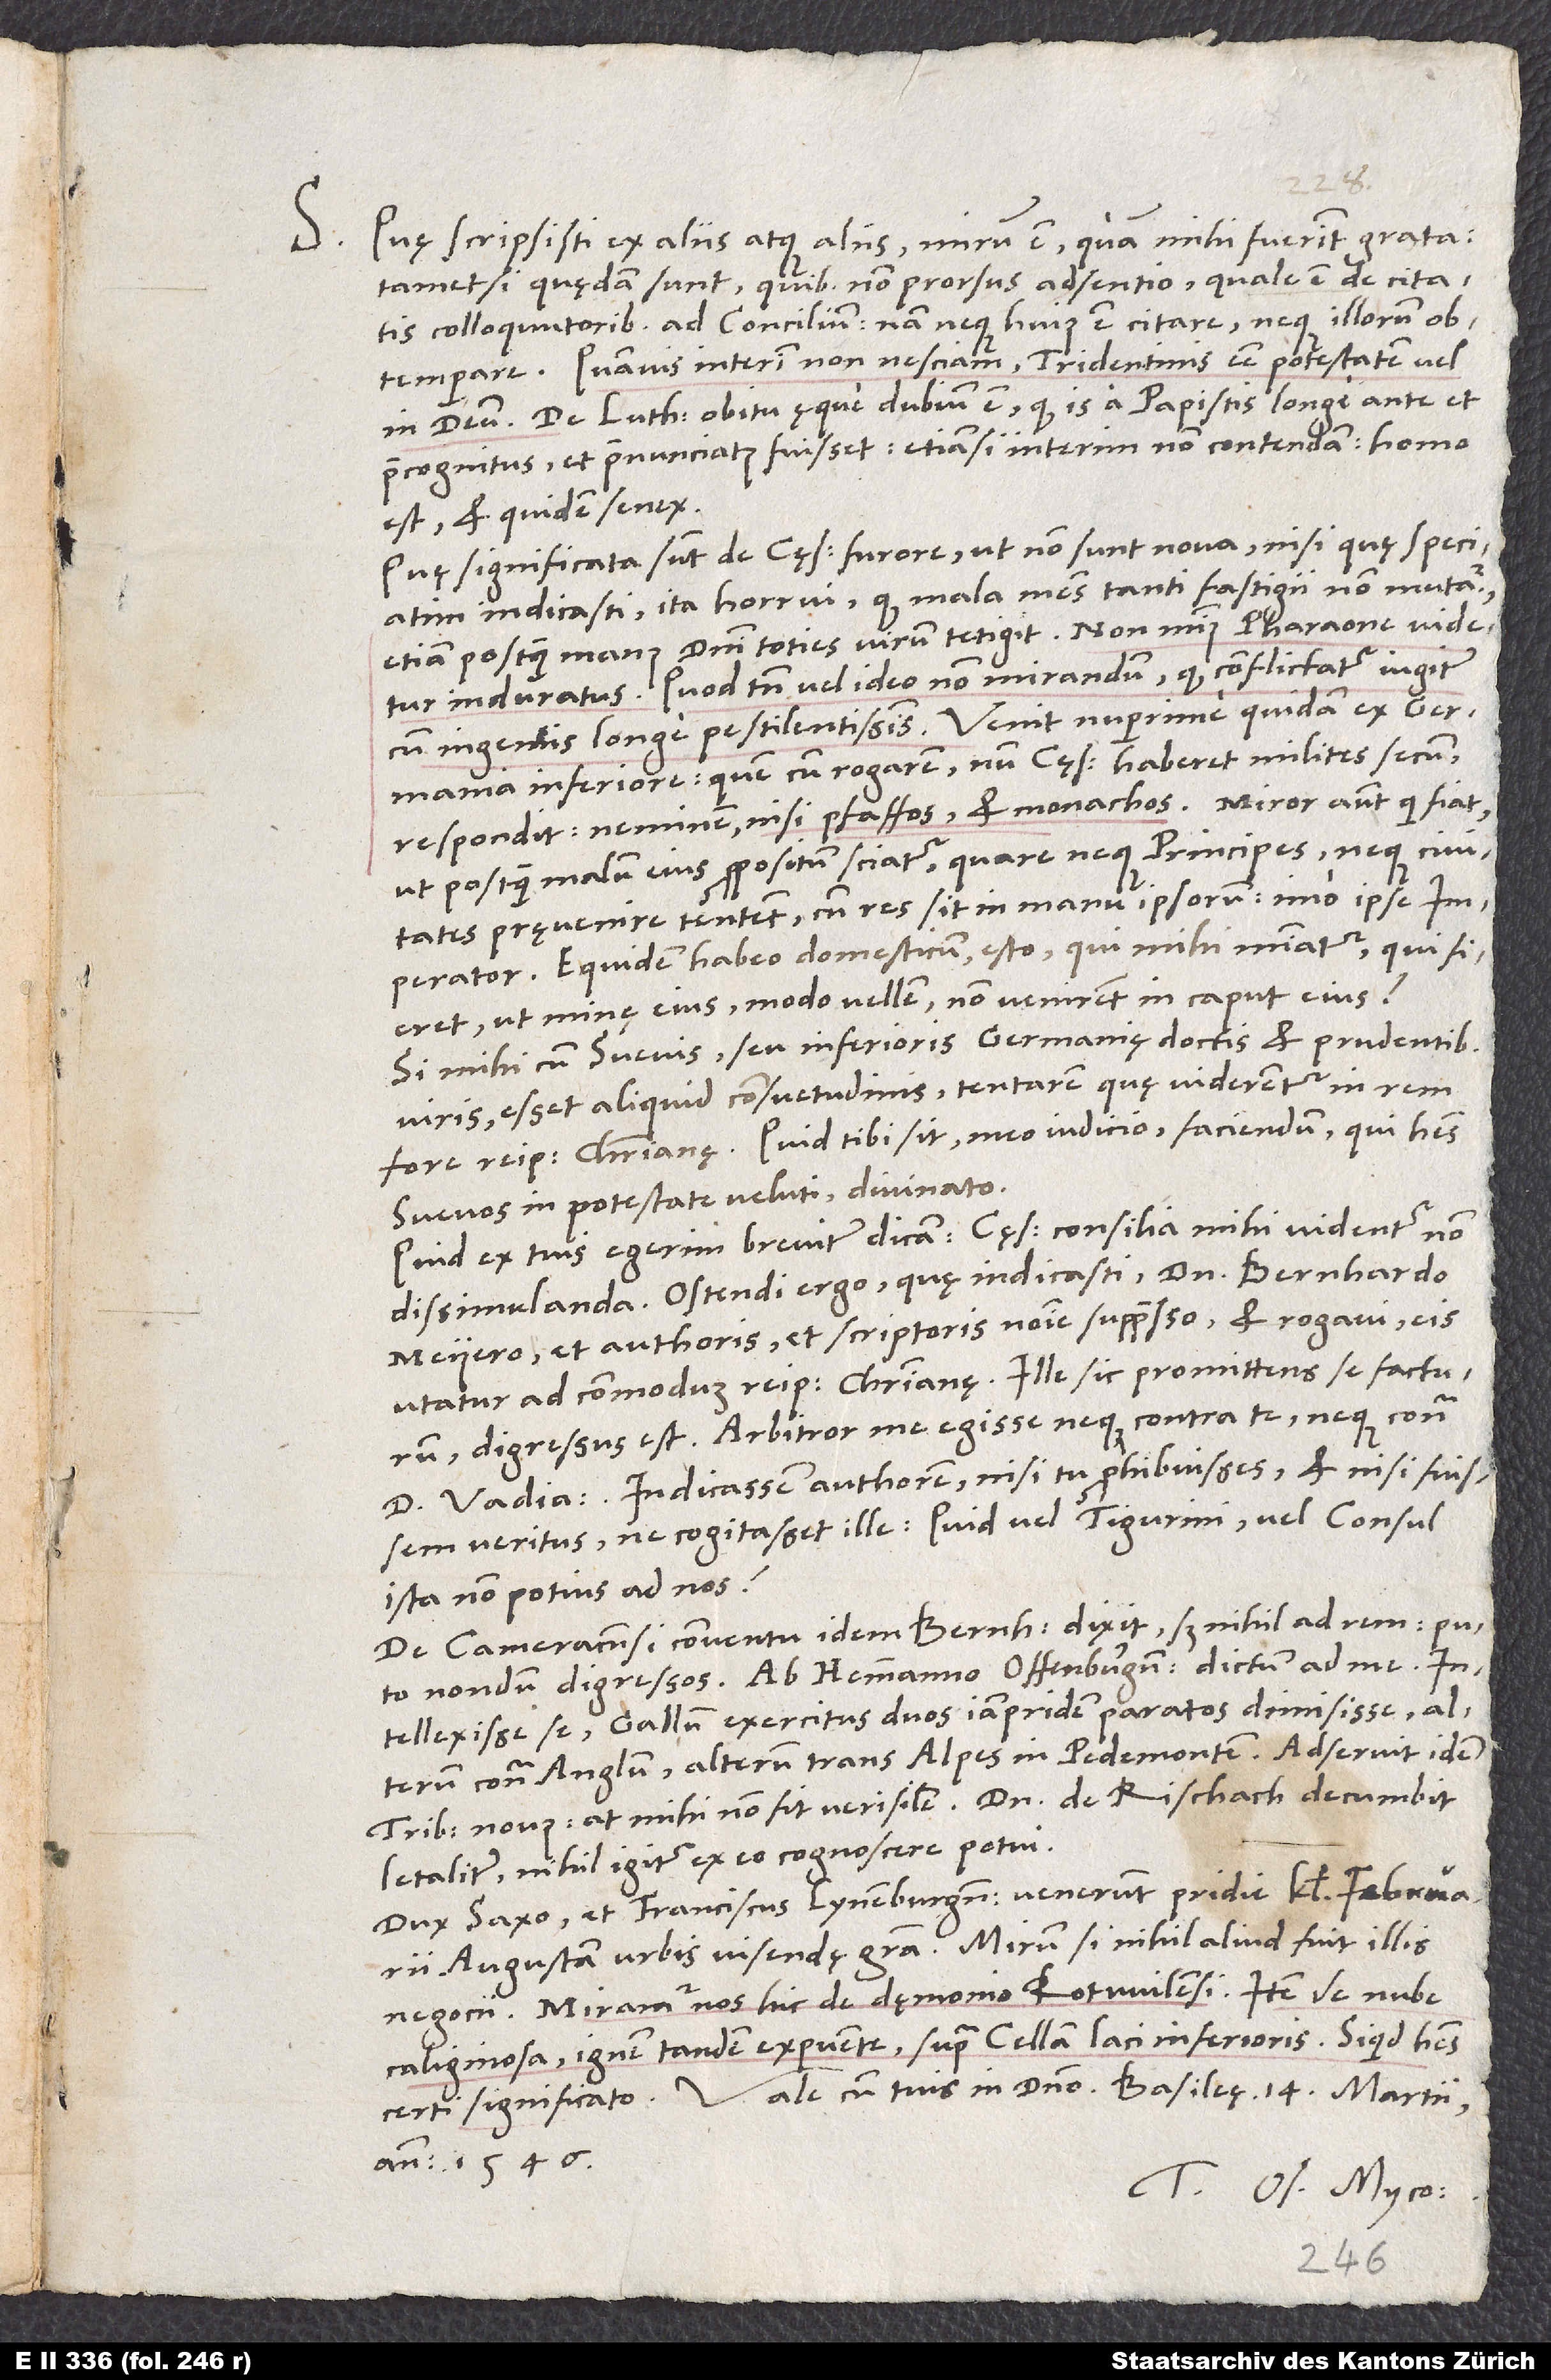
S. Quę scripsisti ex aliis atque aliis, mirum est, quam mihi fuerint grata,
tametsi quędam sunt, quibus non prorsus adsentio, quale est de citatis
colloquutoribus ad concilium. Nam neque huius est citare neque illorum
Quamvis interim non nesciam Tridentinis esse potestatem vel
De Lutheri obitu ęque dubium est, quod is a papistis longe ante et
praecognitus et pronunciatus fuisset, etiamsi interim non contendam, homo
est et quidem senex.
Quę significata sunt de cęsaris furore, ut non sunt nova, nisi quę speciatim
indicasti, ita horrui, quod mala mens tanti fastigii non mutatur,
etiam postquam manus domini toties virum tetigit. Non minus Pharaone videtur
induratus; quod tamen vel ideo non mirandum, quod conflictatur iugiter
cum ingeniis longe pestilentissimis. Venit nuperrime quidam ex Germania
Inferiore; quem cum rogarem, num cęsar haberet milites secum,
respondit: „Neminem nisi pfaffos et monachos.“ Miror autem, qui fiat,
ut, postquam malum eius propositum sciatur, quare neque principes neque civitates
pręvenire tentent, cum res sit in manu ipsorum, imo ipse
imperator. Equidem habeo domesticum, esto, qui mihi minatur; qui fieret,
ut minę eius, modo vellem, non venirent in caput eius?
Si mihi cum Suevis seu Inferioris Germanię doctis et prudentibus
viris esset aliquid consuetudinis, tentarem, quę viderentur in rem
fore reipublicę christianę; quid tibi sit, meo iudicio, faciendum, qui habes
Svevos in potestate veluti, divinato.
Quid ex tuis egerim, breviter dicam: Cesaris consilia mihi videntur non
dissimulanda. Ostendi ergo, quę indicasti, domino Bernhardo
Meyero et authoris et scriptoris nomine suppresso et rogavi, eis
utatur ad commodum reipublicae Christianę. Ille, sic promittens se facturum,
d. Vadianum. Indicassem authorem, nisi tu prohibuisses et nisi fuissem
veritus, ne cogitasset ille, quid vel Tigurini vel consul
ista non potius ad nos?
De Cameracensi conventu idem Bernhardus dixit, sed nihil ad rem. Puto
nondum digressos. Ab Hemmanno Offenburgensi dictum ad me
intellexisse se Gallum exercitus duos iampridem paratos dimisisse, alterum
contra Anglum, alterum trans Alpes in Pedemontem. Adseruit idem
tribunus novus, at mihi non fit verisimile. Dominus de Rischach decumbit
letaliter; nihil igitur ex eo cognoscere potui.
Dux Saxo et Franciscus Lynenburgensis venerunt pridie kalendas februarii
Augustam urbis visendę gratia. Mirum, si nihil aliud fuit illis
negocii. Miramur nos hic de dęmonio Rotwilensi, item de nube
caliginosa ignem tandem expuente supra Cellam Laci Inferioris. Si quid habes
certi, significato. Vale cum tuis in domino. Basileę, 14. martii
anno 1546.
Tuus Os. Myco.